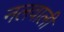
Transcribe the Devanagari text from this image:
नलवाली